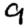
Digit: 9